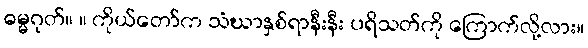
ဓမ္မဂုတ်။ ။ ကိုယ်တော်က သံဃာနှစ်ရာနီးနီး ပရိသတ်ကို ကြောက်လို့လား။